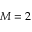
M = 2